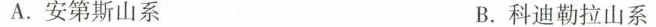
A.安第斯山系 B.科迪勒拉山系